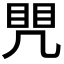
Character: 𭂷